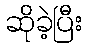
ဆိုခဲ့ပြီး